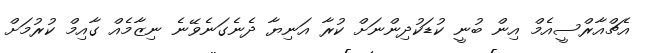
އެޗްއާރްސީއެމް އިން ބުނީ ކުޑަކުދިންނަށް ކުރާ އަނިޔާ ދެނެގަނެވޭނެ ނިޒާމެއް ގާއިމް ކުރުމަށް